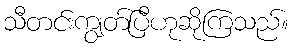
သီတင်းကျွတ်ပြီဟုဆိုကြသည်။